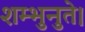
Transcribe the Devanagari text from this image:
शम्भुनुते।